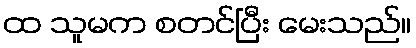
ထ သူမက စတင်ပြီး မေးသည်။